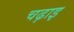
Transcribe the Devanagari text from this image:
चढ़ाइ